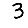
Digit: 3